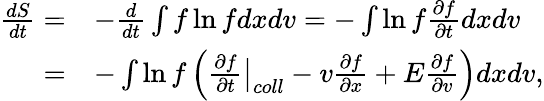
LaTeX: \begin{array}{rl}{\frac{dS}{dt}=}&{-\frac{d}{dt}\int f\ln fdxdv=-\int\ln f\frac{\partial f}{\partial t}dxdv}\\ {=}&{-\int\ln f\left(\frac{\partial f}{\partial t}\bigr\rvert_{coll}-v\frac{\partial f}{\partial x}+E\frac{\partial f}{\partial v}\right)dxdv,}\end{array}